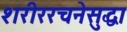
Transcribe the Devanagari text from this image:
शरीररचनेसुद्धा